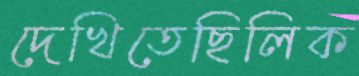
দেখিতেছিলিক